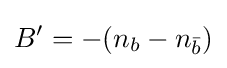
B^{\prime }=-(n_{b}-n_{\bar {b}})